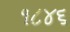
૧૮૪૬